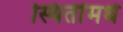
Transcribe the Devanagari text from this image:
स्थितींमधे